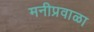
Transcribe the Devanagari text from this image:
मनीप्रवाळा